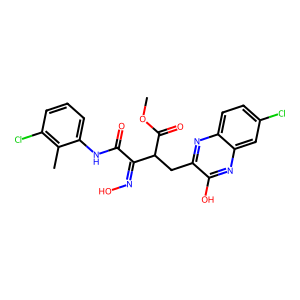
SMILES: COC(=O)C(Cc1nc2ccc(Cl)cc2nc1O)C(=NO)C(=O)Nc1cccc(Cl)c1C
Inhibits HIV replication: No